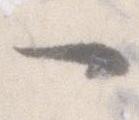
一